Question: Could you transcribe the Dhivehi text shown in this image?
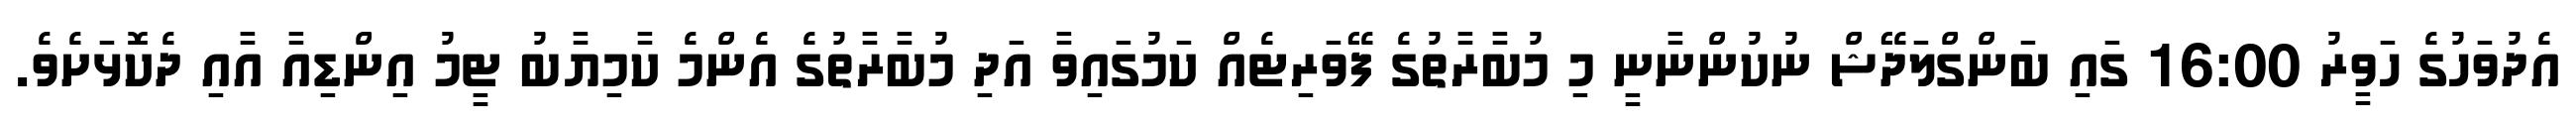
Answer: އެދުވަހުގެ ހަވީރު 16:00 ގައި ބަންގްލަދޭޝް ނުކުންނާނީ މި މުބާރާތުގެ ފޭވަރިޓެއް ކަމުގައިވާ އަދި މުބާރާތުގެ އެންމެ ކާމިޔާބު ޓީމު އިންޑިއާ އާއި ދެކޮޅަށެވެ.